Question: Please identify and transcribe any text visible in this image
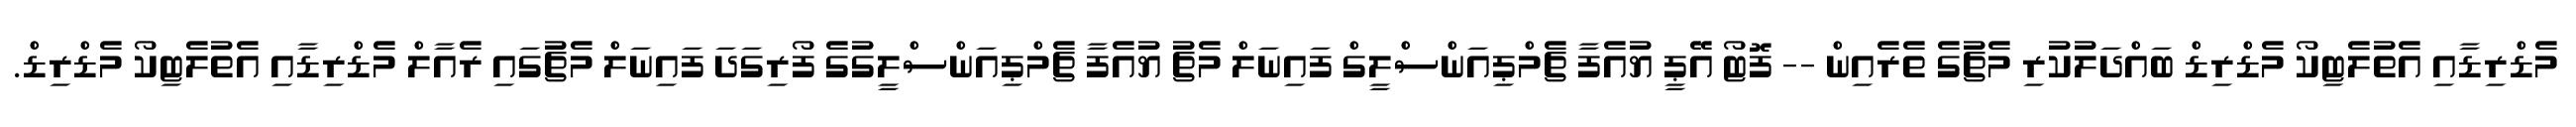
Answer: މެޑްރިޑާއި އެތުލެޓިކޯ މެޑްރިޑް ބައްދަލުކުރި މެޗުގެ ތެރެއިން -- ފޮޓޯ އޭޕީ ޔުއެފާ ޗެމްޕިއަންސްލީގް ފައިނަލް މެޗު ޔުއެފާ ޗެމްޕިއަންސްލީގުގެ ފޯރިގަދަ ފައިނަލް މެޗުގައި ރެއާލް މެޑްރިޑާއި އެތުލެޓިކޯ މެޑްރިޑް.